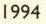
1994